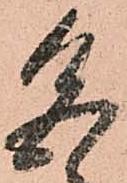
色